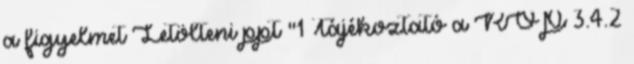
a figyelmet Letölteni ppt "1 Tájékoztató a ROP 3.4.2